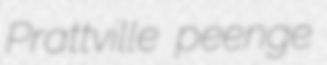
Prattville peenge